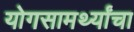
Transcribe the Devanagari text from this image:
योगसामर्थ्यांचा